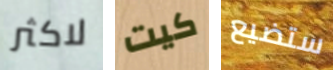
لاكثر كيت ستضيع